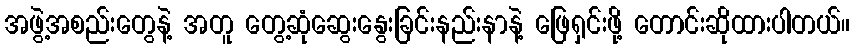
အဖွဲ့အစည်းတွေနဲ့ အတူ တွေ့ဆုံဆွေးနွေးခြင်းနည်းနာနဲ့ ဖြေရှင်းဖို့ တောင်းဆိုထားပါတယ်။